Indian journal of veterinary science and animal husbandry - Volumes 26-27, 1956-1957
Year: 1956
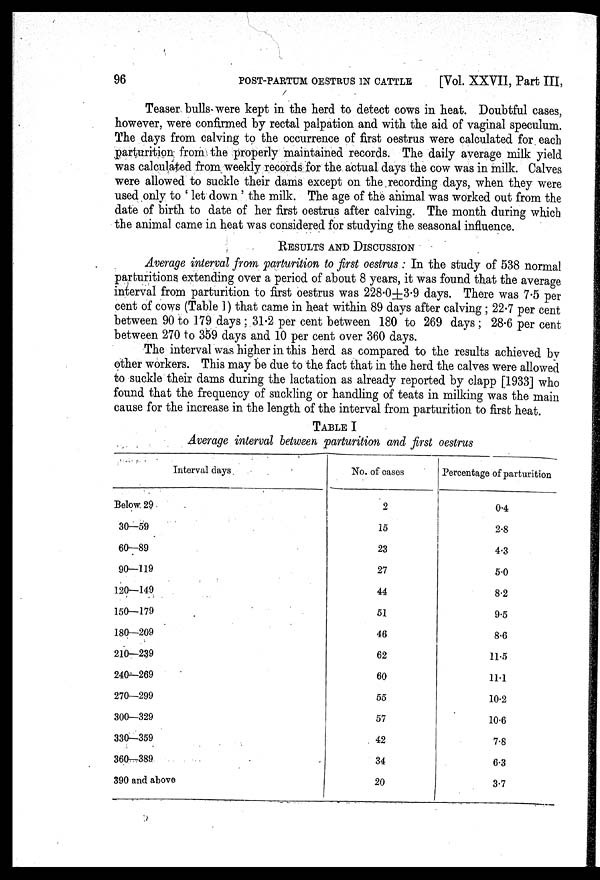
96 POST-PARTUM OESTRUS IN CATTLE [Vol. XXVII, Part III,
Teaser bulls were kept in the herd to detect cows in heat. Doubtful cases,
however, were confirmed by rectal palpation and with the aid of vaginal speculum.
The days from calving to the occurrence of first oestrus were calculated for each
parturition from the properly maintained records. The daily average milk yield
was calculated from weekly records for the actual days the cow was in milk. Calves
were allowed to suckle their dams except on the recording days, when they were
used only to 'let down' the milk. The age of the animal was worked out from the
date of birth to date of her first oestrus after calving. The month during which
the animal came in heat was considered for studying the seasonal influence.
RESULTS AND DISCUSSION
Average interval from parturition to first oestrus: In the study of 538 normal
parturitions extending over a period of about 8 years, it was found that the average
interval from parturition to first oestrus was 228.0±3.9 days. There was 7.5 per
cent of cows (Table 1) that came in heat within 89 days after calving ; 22.7 per cent
between 90 to 179 days ; 31.2 per cent between 180 to 269 days ; 28.6 per cent
between 270 to 359 days and 10 per cent over 360 days.
The interval was higher in this herd as compared to the results achieved by
other workers. This may be due to the fact that in the herd the calves were allowed
to suckle their dams during the lactation as already reported by clapp [1933] who
found that the frequency of suckling or handling of teats in milking was the main
cause for the increase in the length of the interval from parturition to first heat.
TABLE I
Average interval between partu
Interval days
Below. 29
30—59
60—89
90—119
120—149
150—179
180—209
210—239
240—269
270—299
300—329
330—359
360—389
390 and above
No. of cases
2
15
23
27
44
51
46
62
60
55
57
42
34
20
Percentage of parturition
0.4
2.8
4.3
5.0
8.2
9.5
8.6
11.5
11.1
10.2
10.6
7.8
6.3
3.7